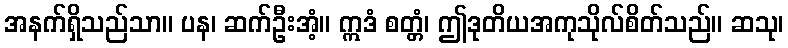
အနက်ရှိသည်သာ။ ပန၊ ဆက်ဦးအံ့။ ဣဒံ စတ္တံ၊ ဤဒုတိယအကုသိုလ်စိတ်သည်။ ဆသု၊